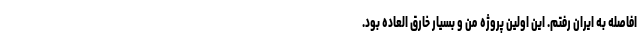
افاصله به ایران رفتم. این اولین پروژه من و بسیار خارق العاده بود.